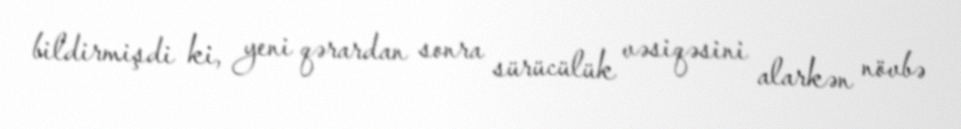
bildirmişdi ki, yeni qərardan sonra sürücülük vəsiqəsini alarkən növbə